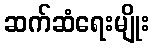
ဆက်ဆံရေးမျိုး